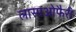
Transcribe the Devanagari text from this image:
लासाओफैरी